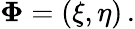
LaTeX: \boldsymbol\Phi=(\xi,\eta)\, .